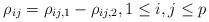
LaTeX: \begin{align*}\rho_{ij} = \rho_{ij,1}-\rho_{ij,2},1\leq i, j\leq p\end{align*}